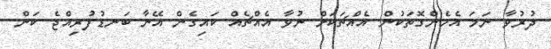
ދުރުވާ ނަމަ އެހެންގޮތަކުން އެއްޗަކަށް ނުވާ އެއްޗެއް ކައިގެން އޭނާ ބަނޑުފުރިއްޖެ ކަން